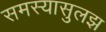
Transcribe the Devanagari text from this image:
समस्यासुलझ